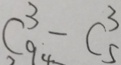
C ^ { 3 } _ { 9 4 } - C ^ { 3 } _ { 5 }